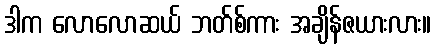
ဒါက လောလောဆယ် ဘတ်စ်ကား အချိန်ဇယားလား။